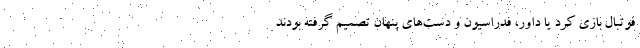
فوتبال بازی کرد یا داور، فدراسیون و دست‌های پنهان تصمیم گرفته بودند